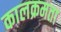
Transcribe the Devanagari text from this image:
कालक्रमता